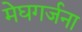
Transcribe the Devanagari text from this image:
मेघगर्जना